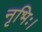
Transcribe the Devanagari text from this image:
नृभिः।